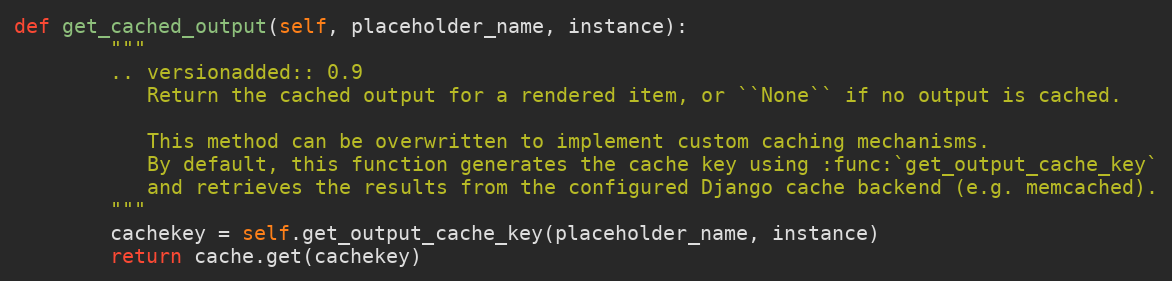
Language: Python
def get_cached_output(self, placeholder_name, instance):
        """
        .. versionadded:: 0.9
           Return the cached output for a rendered item, or ``None`` if no output is cached.

           This method can be overwritten to implement custom caching mechanisms.
           By default, this function generates the cache key using :func:`get_output_cache_key`
           and retrieves the results from the configured Django cache backend (e.g. memcached).
        """
        cachekey = self.get_output_cache_key(placeholder_name, instance)
        return cache.get(cachekey)